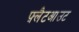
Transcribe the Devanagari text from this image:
फ़्लैटआउट